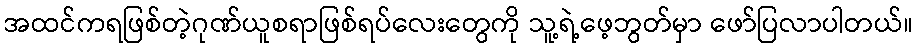
အထင်ကရဖြစ်တဲ့ဂုဏ်ယူစရာဖြစ်ရပ်လေးတွေကို သူ့ရဲ့ဖေ့ဘွတ်မှာ ဖော်ပြလာပါတယ်။